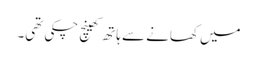
میں کھانے سے ہاتھ کھینچ چکی تھی۔